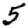
Digit: 5